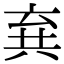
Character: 𠔚